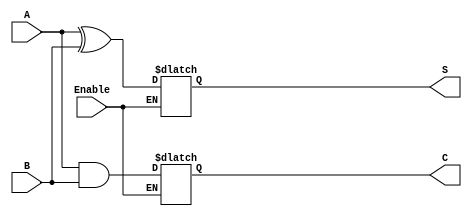
module Conditional_Half_Adder (
    input wire A,          // First input bit
    input wire B,          // Second input bit
    input wire Enable,     // Control signal
    output reg S,         // Sum output
    output reg C          // Carry output
);

    // Always block that reacts to changes in A, B, or Enable
    always @(*) begin
        if (Enable) begin
            // Perform addition when Enable is HIGH
            S = A ^ B;      // Sum calculation (XOR)
            C = A & B;      // Carry calculation (AND)
        end else begin
            // Retain previous outputs when Enable is LOW
            // Note: The outputs are declared as reg
            // so they retain their values until updated
            // No need to change S and C here
            S = S;
            C = C;
        end
    end
endmodule